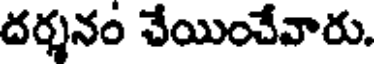
దర్శనం చేయించేవారు.